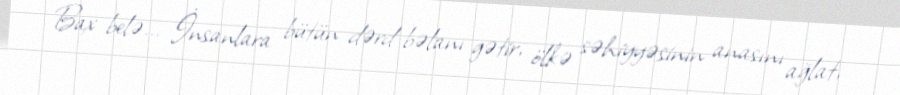
Bax belə... İnsanlara bütün dərd-bəlanı gətir, ölkə səhiyyəsinin anasını ağlat,